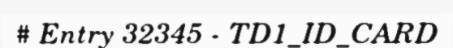
# Entry 32345 - TD1_ID_CARD